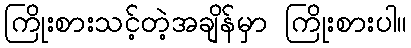
ကြိုးစားသင့်တဲ့အချိန်မှာ ကြိုးစားပါ။